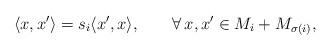
LaTeX: \begin{align*}\langle x,x^{\prime} \rangle = s_i \langle x^{\prime}, x \rangle, \;\;\;\;\;\;\; \forall \, x, x^{\prime} \in M_i + M_{\sigma(i)},\end{align*}